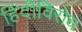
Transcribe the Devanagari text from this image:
हिंदीविरोध